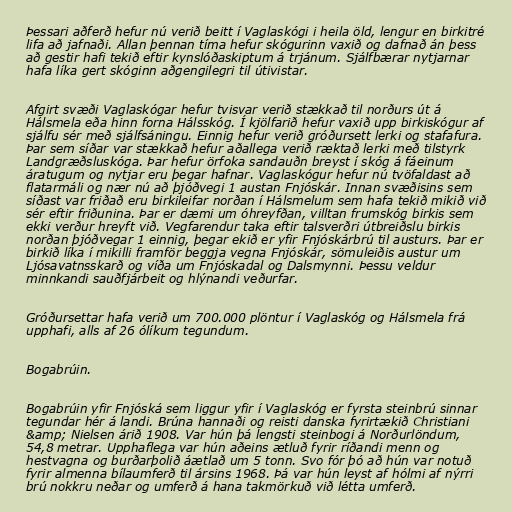
Þessari aðferð hefur nú verið beitt í Vaglaskógi i heila öld, lengur en birkitré
lifa að jafnaði. Allan þennan tíma hefur skógurinn vaxið og dafnað án þess
að gestir hafi tekið eftir kynslóðaskiptum á trjánum. Sjálfbærar nytjarnar
hafa líka gert skóginn aðgengilegri til útivistar.

Afgirt svæði Vaglaskógar hefur tvisvar verið stækkað til norðurs út á
Hálsmela eða hinn forna Hálsskóg. Í kjölfarið hefur vaxið upp birkiskógur af
sjálfu sér með sjálfsáningu. Einnig hefur verið gróðursett lerki og stafafura.
Þar sem síðar var stækkað hefur aðallega verið ræktað lerki með tilstyrk
Landgræðsluskóga. Þar hefur örfoka sandauðn breyst í skóg á fáeinum
áratugum og nytjar eru þegar hafnar. Vaglaskógur hefur nú tvöfaldast að
flatarmáli og nær nú að þjóðvegi 1 austan Fnjóskár. Innan svæðisins sem
síðast var friðað eru birkileifar norðan í Hálsmelum sem hafa tekið mikið við
sér eftir friðunina. Þar er dæmi um óhreyfðan, villtan frumskóg birkis sem
ekki verður hreyft við. Vegfarendur taka eftir talsverðri útbreiðslu birkis
norðan þjóðvegar 1 einnig, þegar ekið er yfir Fnjóskárbrú til austurs. Þar er
birkið líka í mikilli framför beggja vegna Fnjóskár, sömuleiðis austur um
Ljósavatnsskarð og víða um Fnjóskadal og Dalsmynni. Þessu veldur
minnkandi sauðfjárbeit og hlýnandi veðurfar.

Gróðursettar hafa verið um 700.000 plöntur í Vaglaskóg og Hálsmela frá
upphafi, alls af 26 ólíkum tegundum.

Bogabrúin.

Bogabrúin yfir Fnjóská sem liggur yfir í Vaglaskóg er fyrsta steinbrú sinnar
tegundar hér á landi. Brúna hannaði og reisti danska fyrirtækið Christiani
&amp; Nielsen árið 1908. Var hún þá lengsti steinbogi á Norðurlöndum,
54,8 metrar. Upphaflega var hún aðeins ætluð fyrir ríðandi menn og
hestvagna og burðarþolið áætlað um 5 tonn. Svo fór þó að hún var notuð
fyrir almenna bílaumferð til ársins 1968. Þá var hún leyst af hólmi af nýrri
brú nokkru neðar og umferð á hana takmörkuð við létta umferð.